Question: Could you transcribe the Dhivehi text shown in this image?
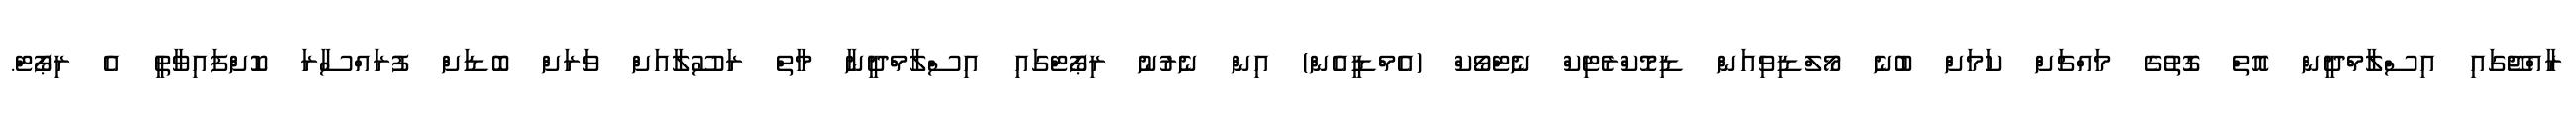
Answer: ރާއްޖޭގައި އިސްލާމްދީން އޮތް ގޮތުގެ މައްޗަށް ކަމަށް ބުނެ މޯލްޑިވިއަން ޑިމޮކްރެޓިކް ނެޓްވޯކް (އެމްޑީއެން) އިން ނެރުނު ރިޕޯޓްގައި އިސްލާމްދީނާ މާތް ރަސޫލާއަށް ވަރަށް ބޮޑަށް ފުރައްސާރަ ކޮށްފައިވާތީ އެ ރިޕޯޓް.